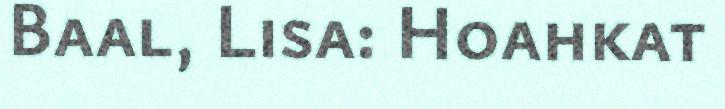
Baal, Lisa: Hoahkat